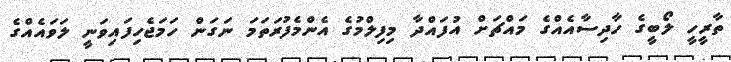
ތާރީހީ ލޯބީގެ ހާދިސާއެއްގެ މައްޗަށް އުފައްދާ މިފިލްމުގެ އެންމެފުރަތަމަ ނަގަން ހަމަޖެހިފައިވަނީ ލަވައެއްގެ